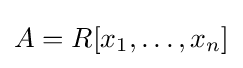
A=R[x_{1},\ldots ,x_{n}]